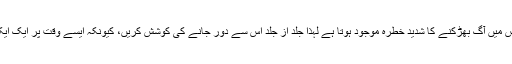
طیارہ گرنے یا ہنگامی لینڈنگ کی صورت میں اس میں آگ بھڑکنے کا شدید خطرہ موجود ہوتا ہے لہٰذا جلد از جلد اس سے دور جانے کی کوشش کریں، کیونکہ ایسے وقت پر ایک ایک سیکنڈ آپ کی جان بچانے کے لئے اہم ہوتا ہے۔